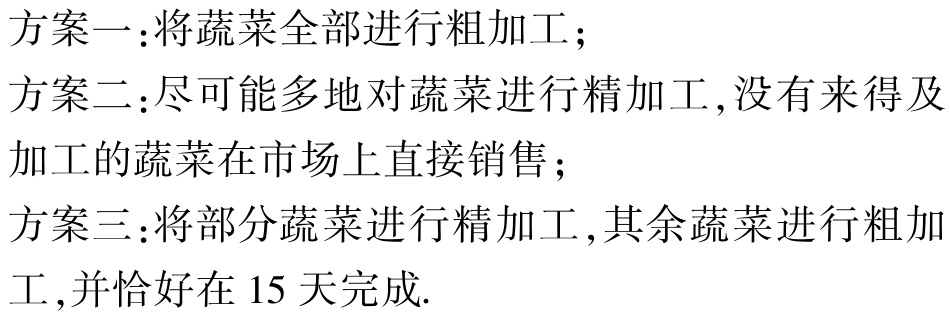
方案一：将蔬菜全部进行粗加工；
方案二：尽可能多地对蔬菜进行精加工，没有来得及加工的蔬菜在市场上直接销售；
方案三：将部分蔬菜进行精加工，其余蔬菜进行粗加工，并恰好在 15 天完成.